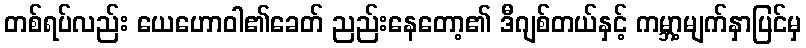
တစ်ရပ်လည်း ယေဟောဝါ၏ခေတ် ညည်းနေတော့၏ ဒီဂျစ်တယ်နှင့် ကမ္ဘာ့မျက်နှာပြင်မှ